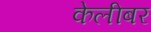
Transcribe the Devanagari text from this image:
केलीबर